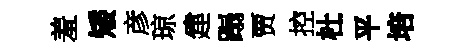
羞矮彦琼建蹋贾控杜平培